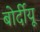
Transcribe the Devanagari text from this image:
बोर्दीयू